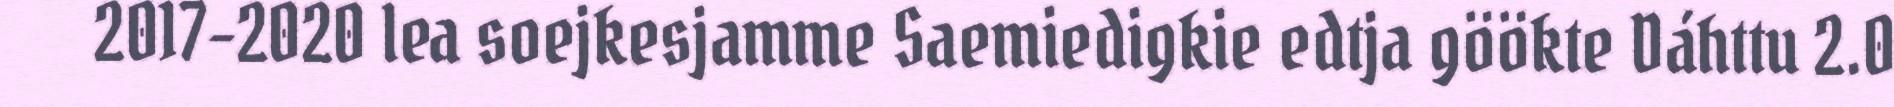
2017-2020 lea soejkesjamme Saemiedigkie edtja göökte Dáhttu 2.0